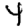
Digit: 4